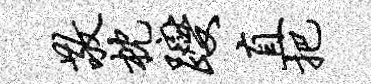
敬枕躞直把